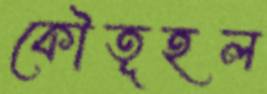
কৌতূহল